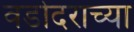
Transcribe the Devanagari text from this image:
वडोदराच्या